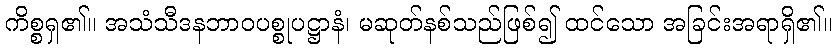
ကိစ္စရှ၏။ အသံသီဒနဘာဝပစ္စုပဋ္ဌာနံ၊ မဆုတ်နစ်သည်ဖြစ်၍ ထင်သော အခြင်းအရာရှိ၏။